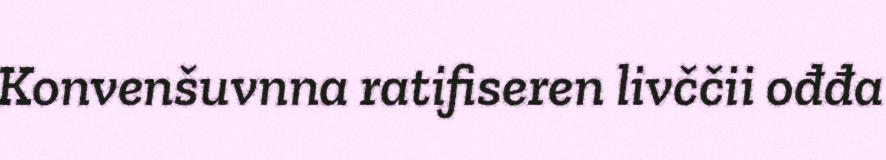
Konvenšuvnna ratifiseren livččii ođđa